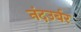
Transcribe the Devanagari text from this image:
नंदउर्बर